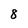
Character: 8